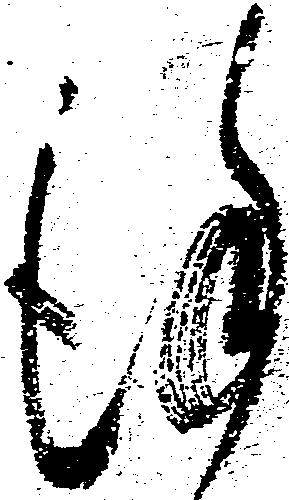
謹